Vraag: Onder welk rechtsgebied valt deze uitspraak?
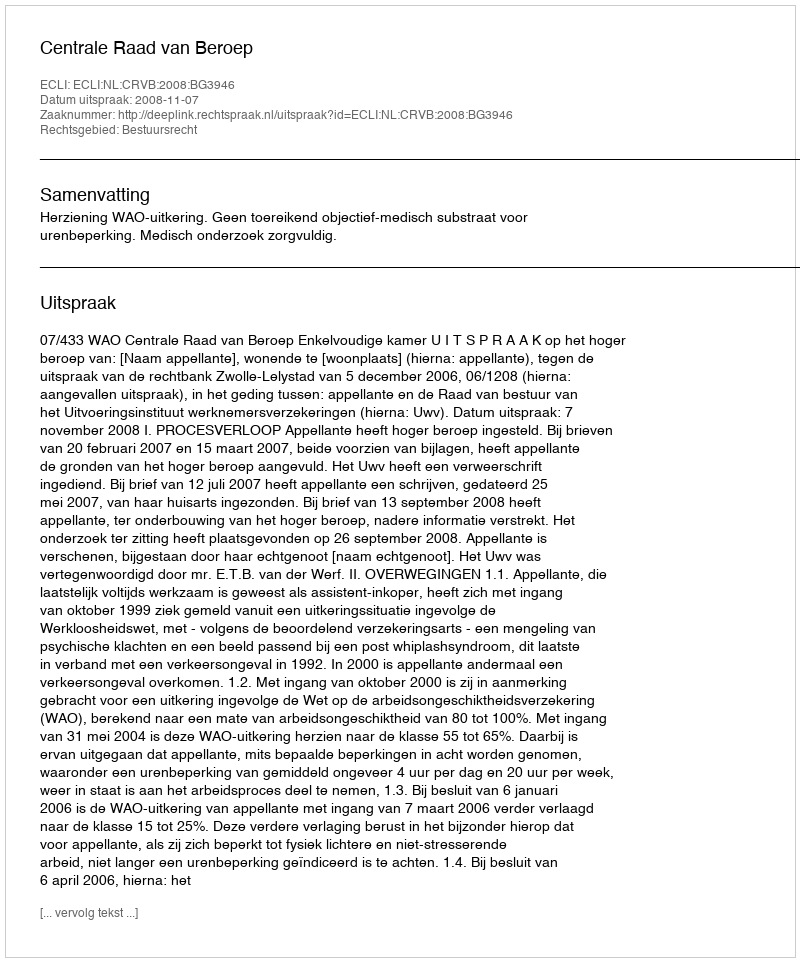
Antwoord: Bestuursrecht